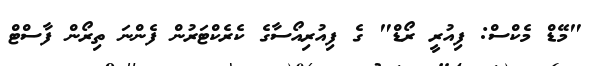
"މޭޑް މެކްސް: ފިއުރީ ރޯޑް" ގެ ފިއުރިއޯސާގެ ކެރެކްޓަރުން ފެންނަ ތިރޯން ފާސްޓް